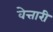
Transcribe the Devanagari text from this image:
वेत्तारी